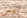
تيس